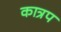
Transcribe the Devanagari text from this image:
कात्रप